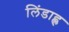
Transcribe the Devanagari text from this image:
लिंडाह्ल